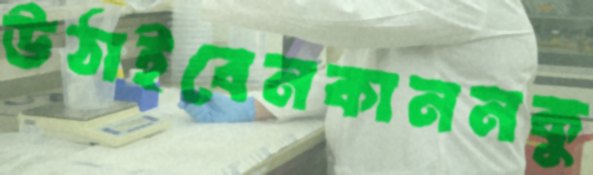
উঠাইবেনকাননকু